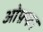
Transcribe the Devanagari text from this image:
ओफ़्फा